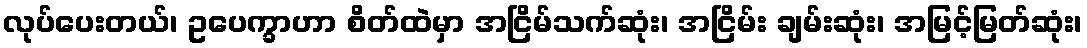
လုပ်ပေးတယ်၊ ဥပေက္ခာဟာ စိတ်ထဲမှာ အငြိမ်သက်ဆုံး၊ အငြိမ်း ချမ်းဆုံး၊ အမြင့်မြတ်ဆုံး၊